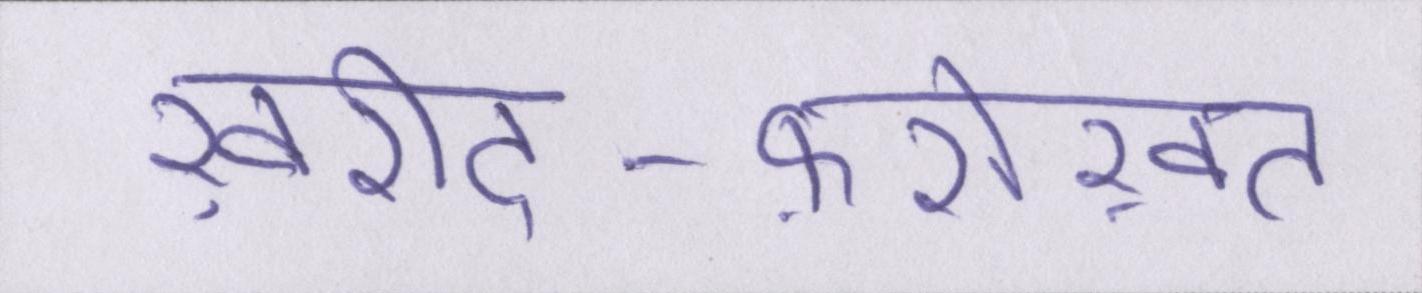
ख़रीद-फ़रोख़्त